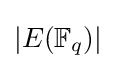
|E(\mathbb {F} _{q})|